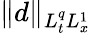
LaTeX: \| d\| _{L_{t}^{q}L_{x}^{1}}